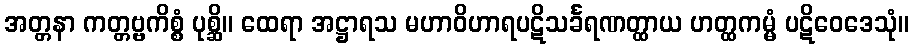
အတ္တနာ ကတ္တဗ္ဗကိစ္စံ ပုစ္ဆိ။ ထေရာ အဋ္ဌာရသ မဟာဝိဟာရပဋိသင်္ခရဏတ္ထာယ ဟတ္ထကမ္မံ ပဋိဝေဒေသုံ။